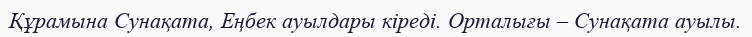
Құрамына Сунақата, Еңбек ауылдары кіреді. Орталығы – Сунақата ауылы.